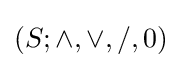
(S;\wedge ,\vee ,/,0)